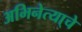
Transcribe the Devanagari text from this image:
अभिनेत्या्चे